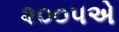
૨૦૦૫એ